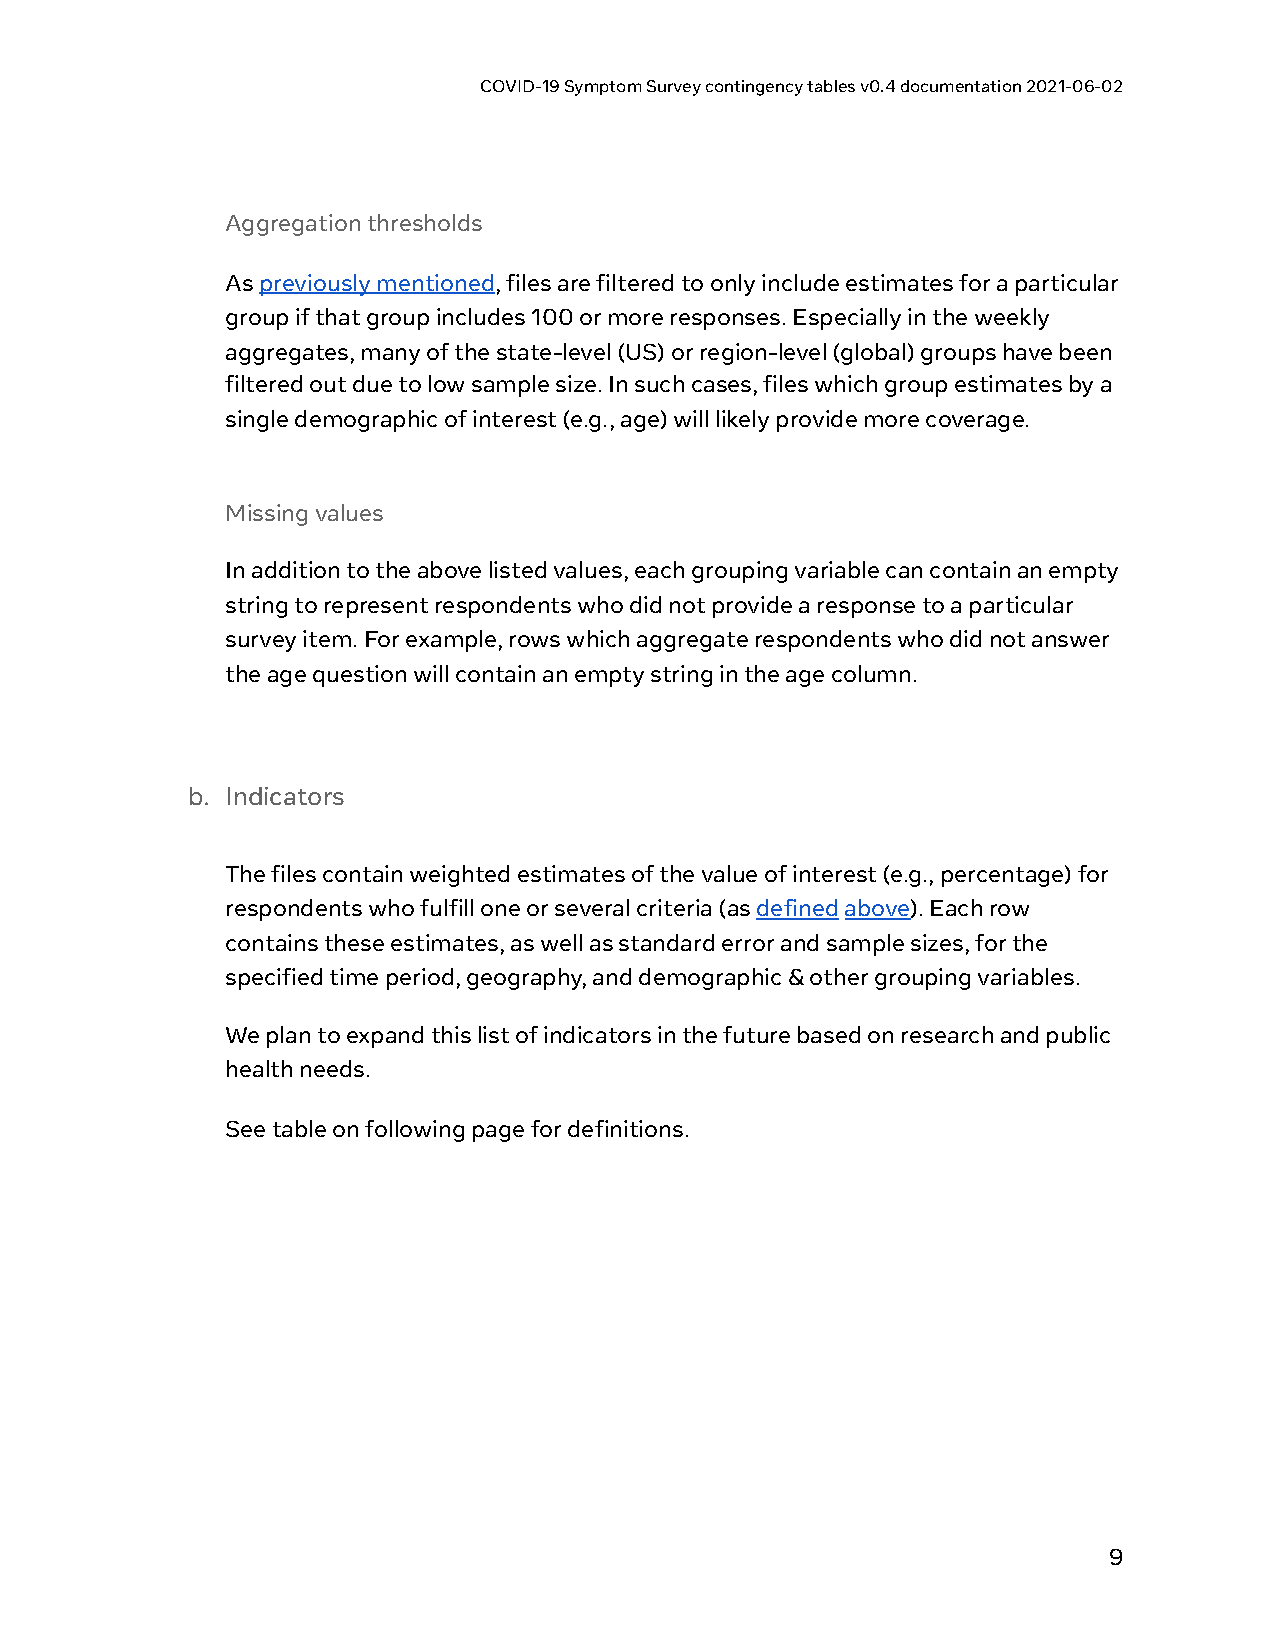
COVID-19 Symptom Survey contingency tables v0.4 documentation 2021-06-02
 Aggregation thresholds
 As p reviously mentioned, files are filtered to only include estimates for a particular
 group if that group includes 100 or more responses. Especially in the weekly
 aggregates, many of the state-level (US) or region-level (global) groups have been
 filtered out due to low sample size. In such cases, files which group estimates by a
 single demographic of interest (e.g., age) will likely provide more coverage.
 Missing values
 In addition to the above listed values, each grouping variable can contain an empty
 string to represent respondents who did not provide a response to a particular
 survey item. For example, rows which aggregate respondents who did not answer
 the age question will contain an empty string in the age column.
 b. Indicators
 The files contain weighted estimates of the value of interest (e.g., percentage) for
 respondents who fulfill one or several criteria (as d efined a bove) . Each row
 contains these estimates, as well as standard error and sample sizes, for the
 specified time period, geography, and demographic & other grouping variables.
 We plan to expand this list of indicators in the future based on research and public
 health needs.
 See table on following page for definitions.
 9